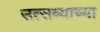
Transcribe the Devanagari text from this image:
उत्सव्याच्या